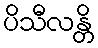
ပိသီလန္တိ